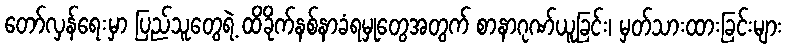
တော်လှန်ရေးမှာ ပြည်သူတွေရဲ့ ထိခိုက်နစ်နာခံရမှုတွေအတွက် စာနာဂုဏ်ယူခြင်း၊ မှတ်သားထားခြင်းများ